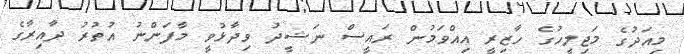
މިއަދުގެ މަޖިލީހުގެ ހާޒިރީ އިއްވަމުން ރައީސް ނަޝީދު ވިދާޅުވީ މާފަންނު އުތުރު ދާއިރާގެ